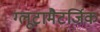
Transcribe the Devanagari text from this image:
ग्लूटामैटर्जिक